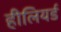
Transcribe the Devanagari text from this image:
हीलियर्ड